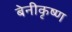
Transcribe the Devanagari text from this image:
बेनीकृष्ण